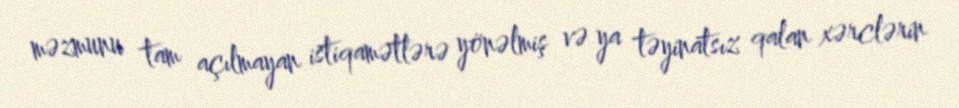
məzmunu tam açılmayan istiqamətlərə yönəlmiş və ya təyinatsız qalan xərclərin